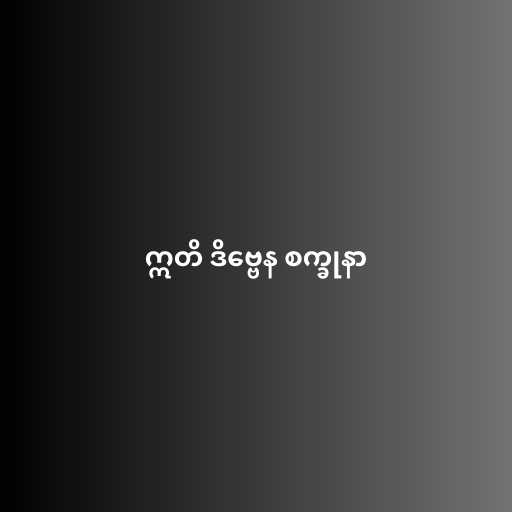
ဣတိ ဒိဗ္ဗေန စက္ခုနာ